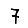
Digit: 7